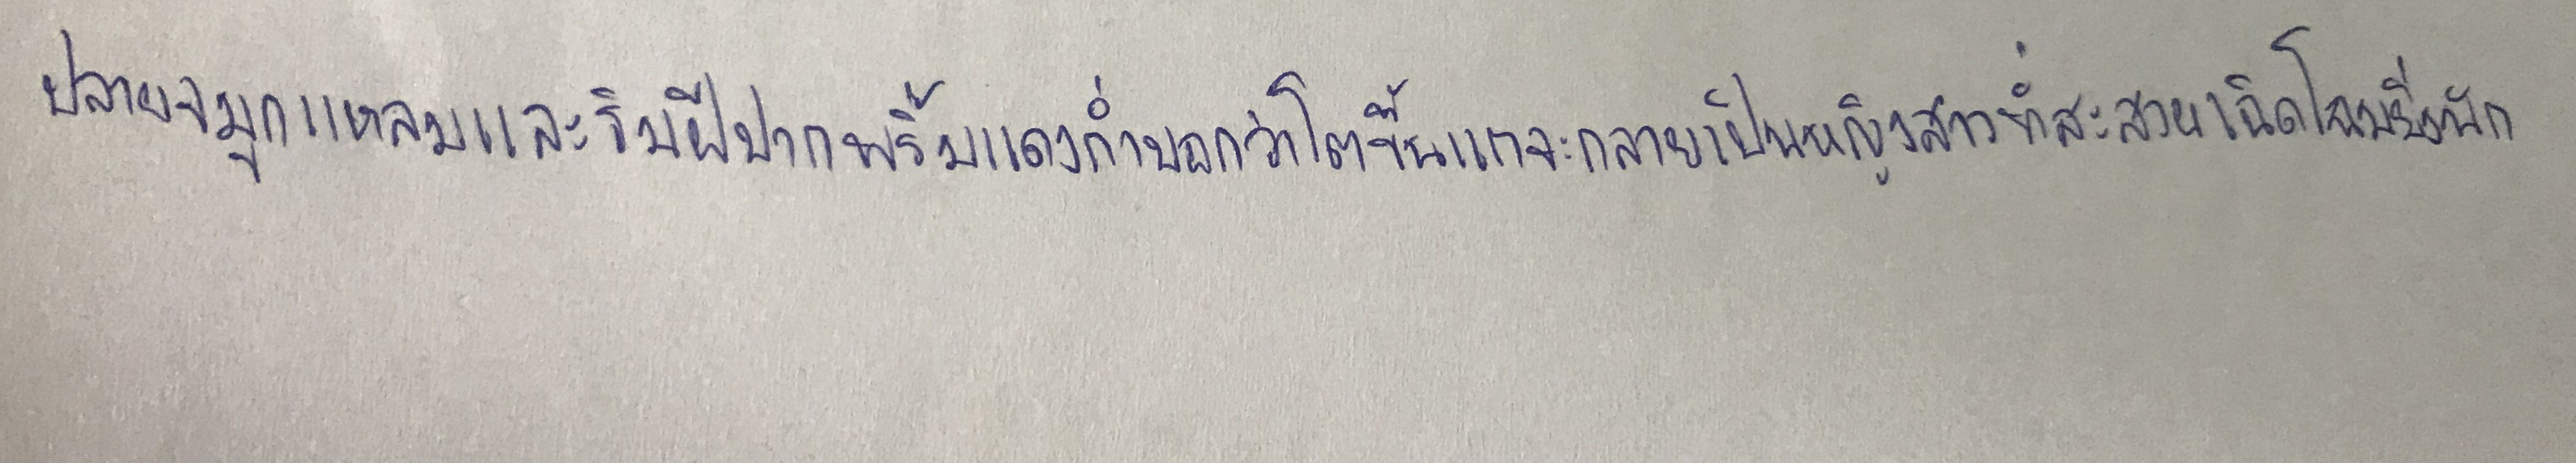
ปลายจมูกแหลมและริมฝีปากพริ้มแดงก่ำบอกว่าโตขึ้นแกจะกลายเป็นหญิงสาวที่สะสวยเฉิดโฉมยิ่งนัก